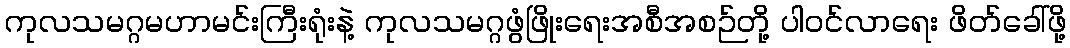
ကုလသမဂ္ဂမဟာမင်းကြီးရုံးနဲ့ ကုလသမဂ္ဂဖွံဖြိုးရေးအစီအစဉ်တို့ ပါဝင်လာရေး ဖိတ်ခေါ်ဖို့